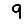
Digit: 9